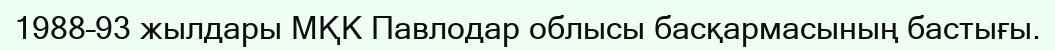
1988–93 жылдары МҚК Павлодар облысы басқармасының бастығы.